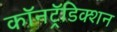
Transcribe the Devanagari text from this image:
कॉनट्रॅडिक्शन